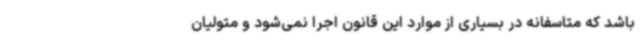
باشد که متاسفانه در بسیاری از موارد این قانون اجرا نمی‌شود و متولیان